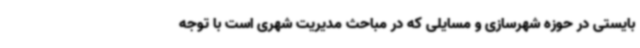
بایستی در حوزه شهرسازی و مسایلی که در مباحث مدیریت شهری است با توجه